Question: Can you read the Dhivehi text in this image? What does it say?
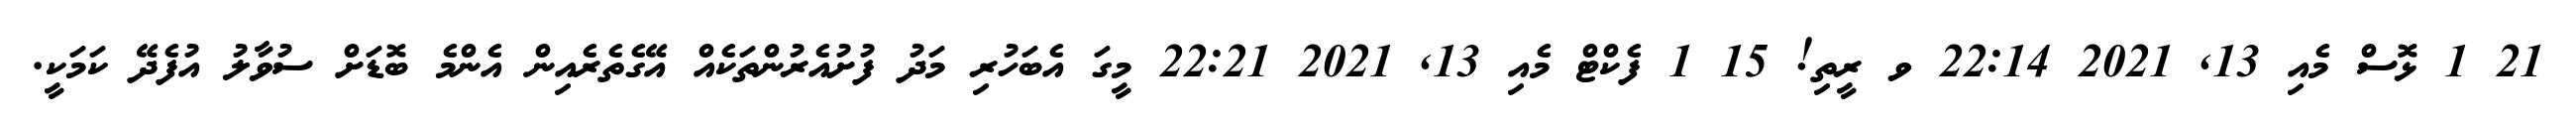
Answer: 21 1 ޅޮސް މެއި 13, 2021 22:14 ވ ރީތި! 15 1 ފެކްޓް މެއި 13, 2021 22:21 މީގަ އެބަހުރި މަދު ފުށުއެރުންތަކެއް އޭގެތެރެއިން އެންމެ ބޮޑަށް ސުވާލު އުފެދޭ ކަމަކީ.